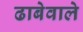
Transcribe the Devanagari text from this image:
ढाबेवाले